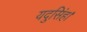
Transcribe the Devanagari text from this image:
यदुसिंह।